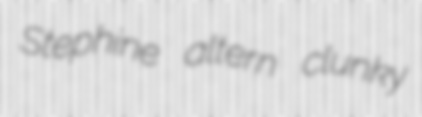
Stephine altern clunky